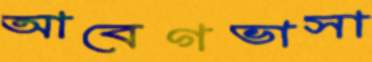
আবেগভাসা